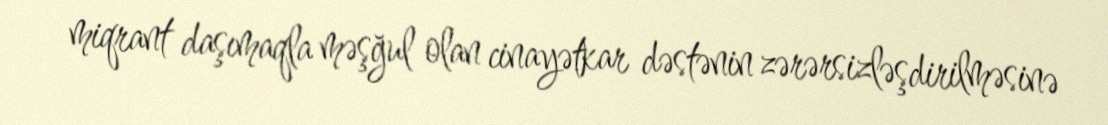
miqrant daşımaqla məşğul olan cinayətkar dəstənin zərərsizləşdirilməsinə